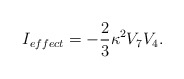
\begin{align*}I_{effect} = - \frac{2}{3} \kappa^2 V_7V_4.\end{align*}